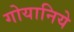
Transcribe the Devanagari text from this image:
गोयानिये